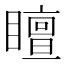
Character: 䁴